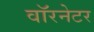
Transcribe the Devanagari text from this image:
वॉरनेटर